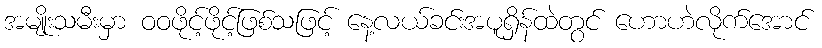
အမျိုးသမီးမှာ ဝဝဖိုင့်ဖိုင့်ဖြစ်သဖြင့် နေ့လယ်ခင်းအပူရှိန်ထဲတွင် ဟောဟဲလိုက်အောင်